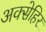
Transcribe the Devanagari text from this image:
अक्सेहिर